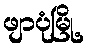
ဖျာပုံမြို့